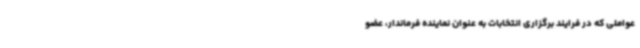
عواملی که در فرایند برگزاری انتخابات به عنوان نماینده فرماندار، عضو